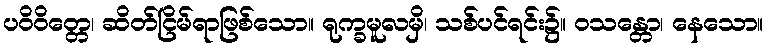
ပဝိဝိတ္တေ၊ ဆိတ်ငြိမ်ရာဖြစ်သော။ ရုက္ခမူလမှိ၊ သစ်ပင်ရင်း၌။ ဝသန္တော၊ နေသော။